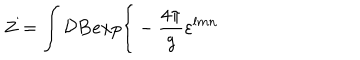
LaTeX: Z = \int { \cal D } { \bf B } e x p \bigg \{ - { \frac { 4 \pi } { g } } \varepsilon ^ { l m n }